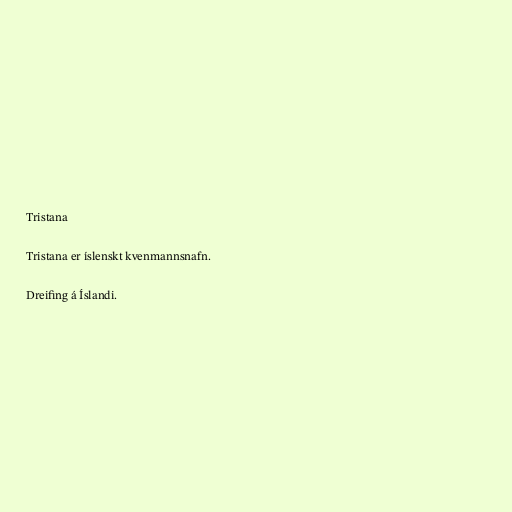
Tristana

Tristana er íslenskt kvenmannsnafn.

Dreifing á Íslandi.